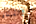
الشيشان